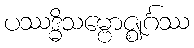
ပဿဒ္ဓိသမ္ဗောဇ္ဈင်္ဂဿ